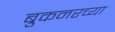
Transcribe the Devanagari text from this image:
ब्रुकनरच्या